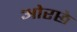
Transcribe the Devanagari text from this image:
ओरछे